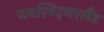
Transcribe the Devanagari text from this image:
जबस्विट्जरलैंड